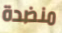
منضدة